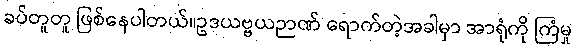
ခပ်တူတူ ဖြစ်နေပါတယ်။ဥဒယဗ္ဗယဉာဏ် ရောက်တဲ့အခါမှာ အာရုံကို ကြံမှု